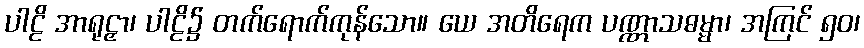
ပါဠိ အာရုဠှာ၊ ပါဠိ၌ တက်ရောက်ကုန်သော။ ယေ အတိရေက ပဏ္ဏာသဓမ္မာ၊ အကြင် ၅၀၊